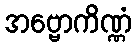
အဗ္ဗောကိဏ္ဏံ